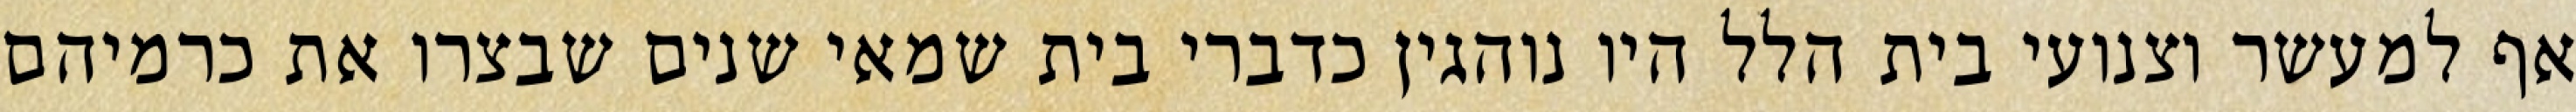
אף למעשר וצנועי בית הלל היו נוהגין כדברי בית שמאי שנים שבצרו את כרמיהם